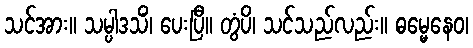
သင်အား။ သမ္ပါဒသိံ၊ ပေးပြီ။ တွံပိ၊ သင်သည်လည်း။ ဓမ္မေနေဝ၊